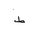
Letter: _da